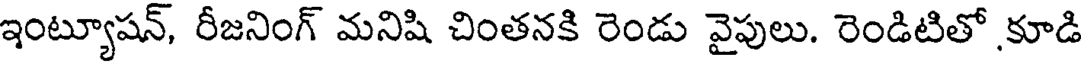
ఇంట్యూషన్, రీజనింగ్ మనిషి చింతనకి రెండు వైపులు. రెండిటితో కూడి